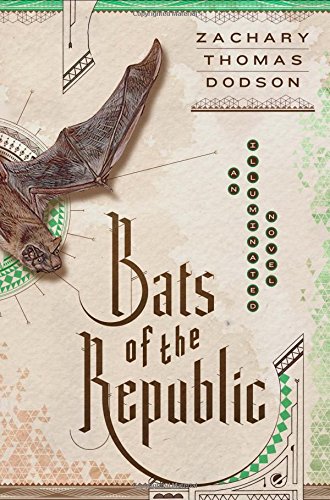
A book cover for Bats of the Republic: An Illuminated Novel; Zachary Thomas Dodson; Science Fiction & Fantasy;